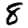
Digit: 8